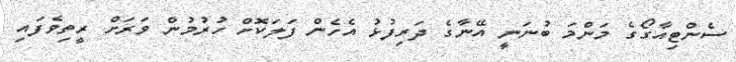
ސެންޓިއާގޯގެ މަންމަ ބުނަނީ އޭނާގެ ދަރިފުޅު އެހެން ފަލަކޮށް ހުރުމުން ވަރަށް ރީތިވެފައި